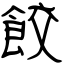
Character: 餃